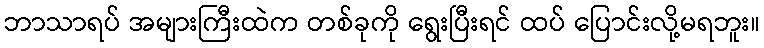
ဘာသာရပ် အများကြီးထဲက တစ်ခုကို ရွေးပြီးရင် ထပ် ပြောင်းလို့မရဘူး။